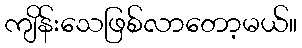
ကျိန်းသေဖြစ်လာတော့မယ်။